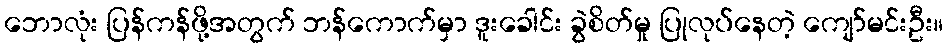
ဘောလုံး ပြန်ကန်ဖို့အတွက် ဘန်ကောက်မှာ ဒူးခေါင်း ခွဲစိတ်မှု ပြုလုပ်နေတဲ့ ကျော်မင်းဦး။